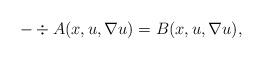
LaTeX: \begin{align*}-\div A(x,u,\nabla u) = B(x,u,\nabla u),\end{align*}